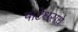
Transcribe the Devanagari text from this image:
पाटेश्वराचे